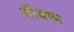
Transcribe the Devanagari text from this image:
तीक्ष्म